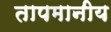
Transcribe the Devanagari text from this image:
तापमानीय